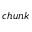
c h u n k